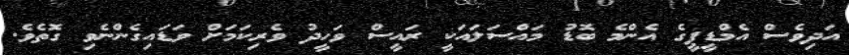
އަދިވެސް އެމްޑީޕީގެ އެންމެ ބޮޑު މައްސަލައަކީ ރައީސް ވަހީދު ވެރިކަމަށް ވަޑައިގެންނެވި ގޮތެވެ.